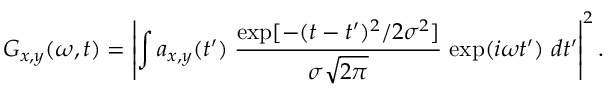
G _ { x , y } ( \omega , t ) = \left| \int a _ { x , y } ( t ^ { \prime } ) \; \frac { \mathrm { e x p } [ - ( t - t ^ { \prime } ) ^ { 2 } / 2 \sigma ^ { 2 } ] } { \sigma \sqrt { 2 \pi } } \; \mathrm { e x p } ( i \omega t ^ { \prime } ) \; d t ^ { \prime } \right| ^ { 2 } .